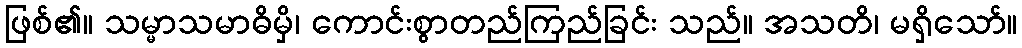
ဖြစ်၏။ သမ္မာသမာဓိမှိ၊ ကောင်းစွာတည်ကြည်ခြင်း သည်။ အသတိ၊ မရှိသော်။